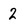
Character: 2